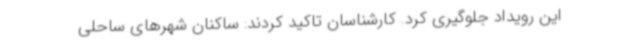
این رویداد جلوگیری کرد. کارشناسان تاکید کردند: ساکنان شهرهای ساحلی